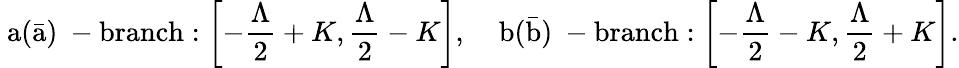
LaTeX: \mathrm{~a(\bar{a})~-branch}:\left[-\frac{\Lambda}{2}+K,\frac{\Lambda}{2}-K\right],\; \; \; \mathrm{~b(\bar{b})~-branch}:\left[-\frac{\Lambda}{2}-K,\frac{\Lambda}{2}+K\right].